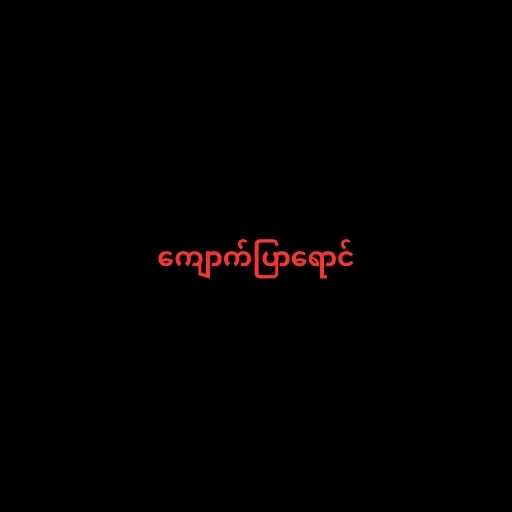
ကျောက်ပြာရောင်